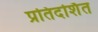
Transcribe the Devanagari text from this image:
प्रतिदर्शित